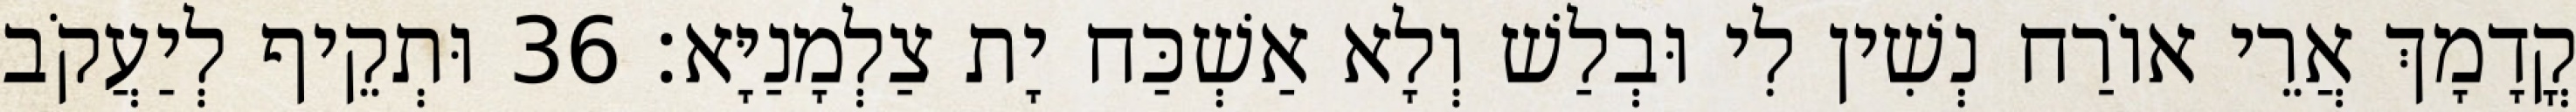
קֳדָמָךְ אֲרֵי אוֹרַח נְשִׁין לִי וּבְלַשׁ וְלָא אַשְׁכַּח יָת צַלְמָנַיָּא׃ 36 וּתְקֵיף לְיַעֲקֹב